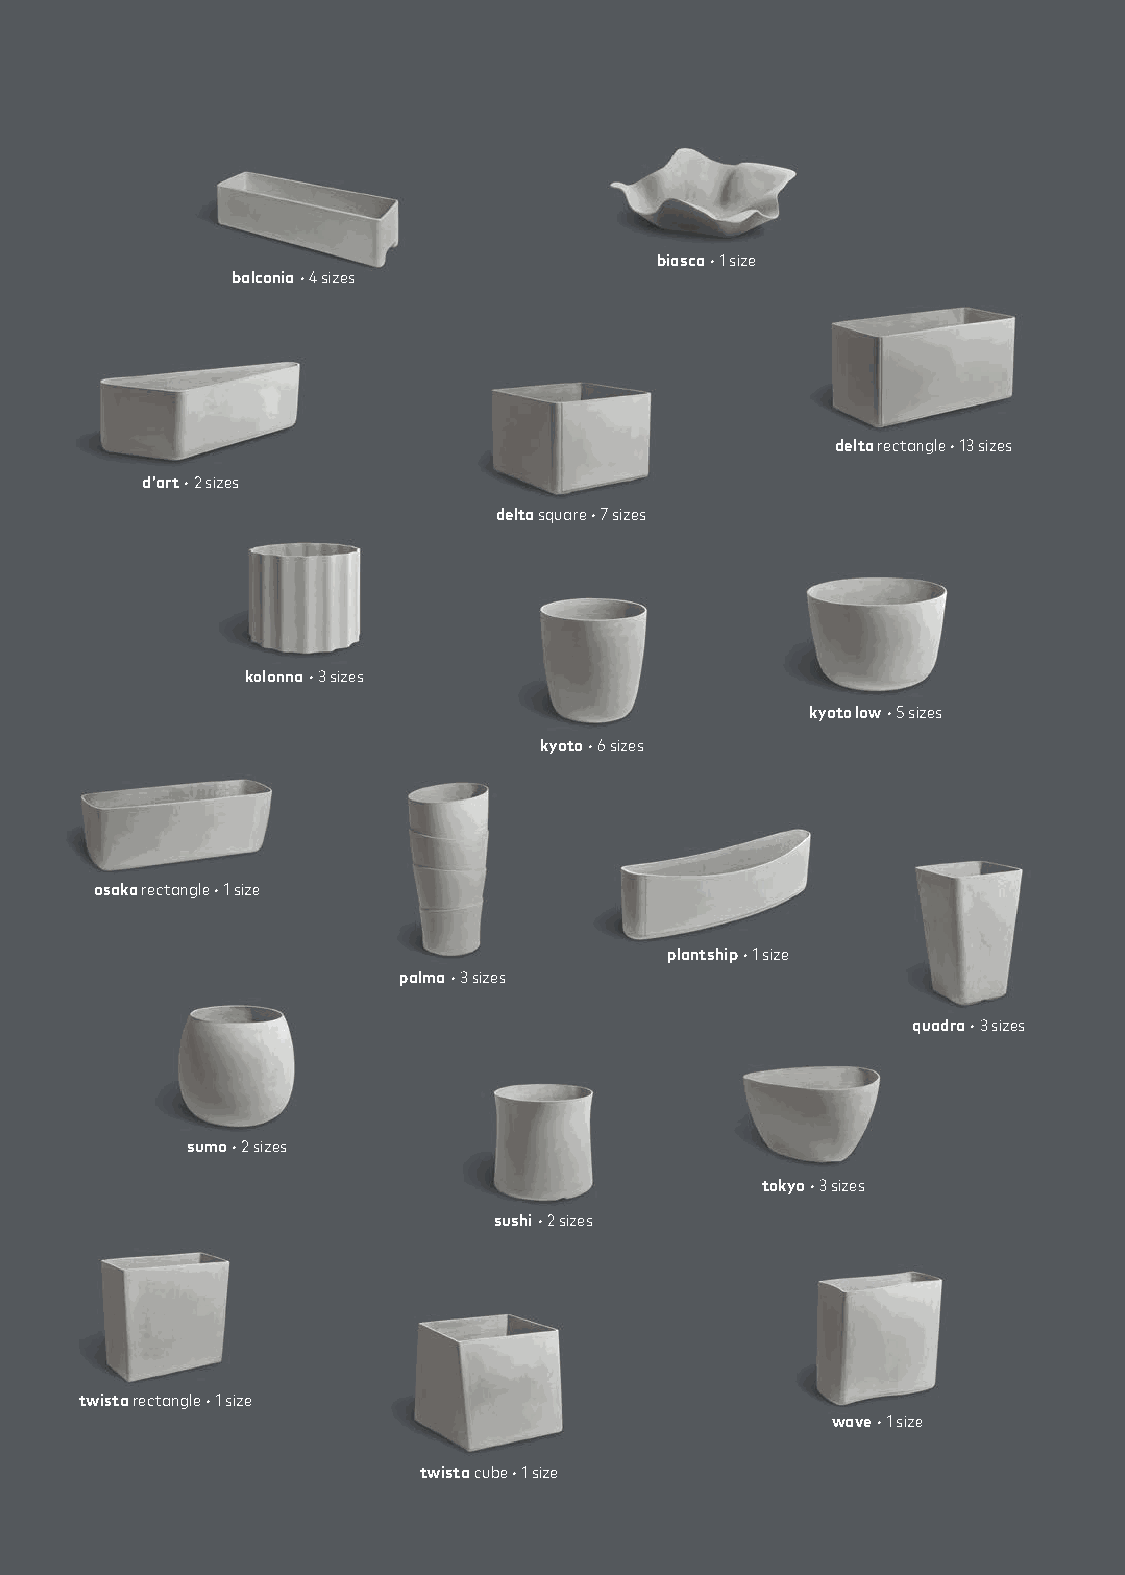
biasca • 1 size
 balconia • 4 sizes
 delta rectangle • 13 sizes
 d’art • 2 sizes
 delta square • 7 sizes
 kolonna • 3 sizes
 kyoto low • 5 sizes
 kyoto • 6 sizes
 osaka rectangle • 1 size
 plantship • 1 size
 palma • 3 sizes
 quadra • 3 sizes
 sumo • 2 sizes
 tokyo • 3 sizes
 sushi • 2 sizes
 twista rectangle • 1 size
 wave • 1 size
 twista cube • 1 size